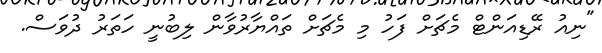
"ނިއު ރޭޑިއަންޓް މެޗަށް ފަހު މި މެޗަށް ތައްޔާރުވާން ލިބުނީ ހަތަރު ދުވަސް.